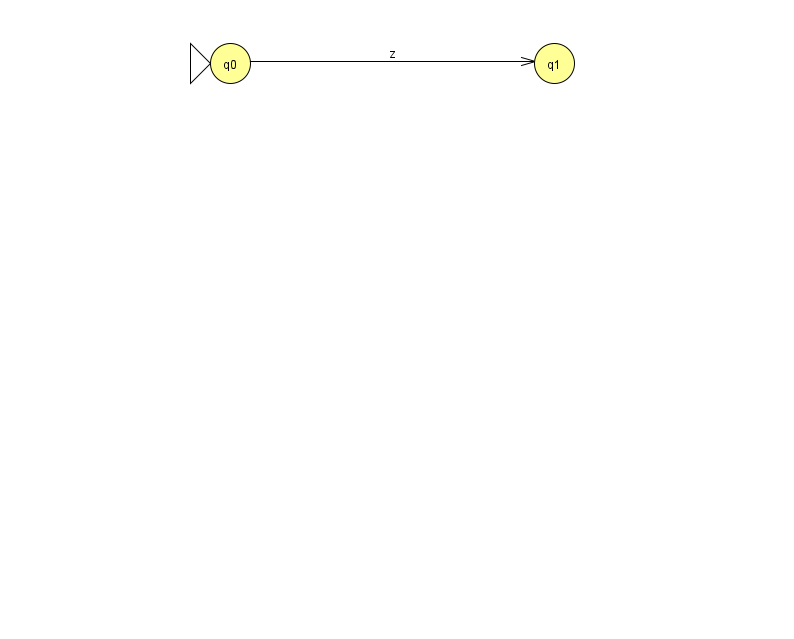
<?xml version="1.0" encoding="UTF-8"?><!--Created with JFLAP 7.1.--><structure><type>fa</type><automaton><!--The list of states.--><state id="0" name="q0"><x>230.0</x><y>50.0</y><initial/></state><state id="1" name="q1"><x>554.0</x><y>50.0</y></state><!--The list of transitions.--><transition><from>0</from><to>1</to><read>z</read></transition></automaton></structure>